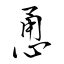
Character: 恿